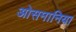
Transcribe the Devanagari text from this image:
ओसमानिया